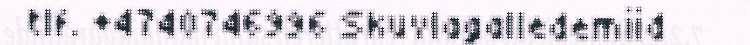
tlf. +4740746996 Skuvlagalledemiid